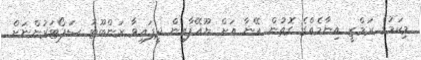
މިކަމުގެ ރަމްޒީ އިނާމެއްގެ ގޮތުން އޭނާ އަށް ޔޫއޭފާއިން ދީފައިވާ ރަންބޫޓު ސަޕޯޓަރުންނަށް